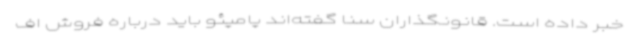
خبر داده است. قانونگذاران سنا گفته‌اند پامپئو باید درباره فروش اف